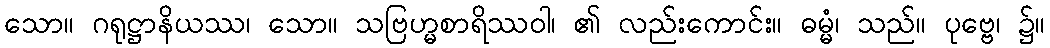
သော။ ဂရုဋ္ဌာနိယဿ၊ သော။ သဗြဟ္မစာရိဿဝါ၊ ၏ လည်းကောင်း။ ဓမ္မံ၊ သည်။ ပုဗ္ဗေ၊ ၌။